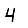
Digit: 4